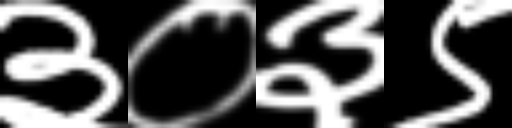
Text: ३०३९